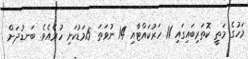
މަހުގެ މަތީ ކޮތަރިބައިގައި 11 ހަރުކައްޓާއި 14 ނުވަތަ 15މަޑުކަށި ހުރެއެވެ. ބަނޑުދަށް